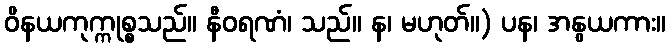
ဝိနယကုက္ကုစ္စသည်။ နီဝရဏံ၊ သည်။ န၊ မဟုတ်။) ပန၊ အနွယကား။